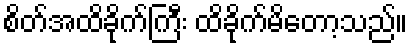
စိတ်အထိခိုက်ကြီး ထိခိုက်မိတော့သည်။